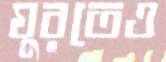
ঘুরতেও